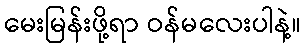
မေးမြန်းဖို့ရာ ဝန်မလေးပါနဲ့။